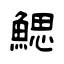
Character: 鰓